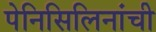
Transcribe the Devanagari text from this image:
पेनिसिलिनांची